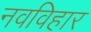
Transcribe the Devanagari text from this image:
नवविहार